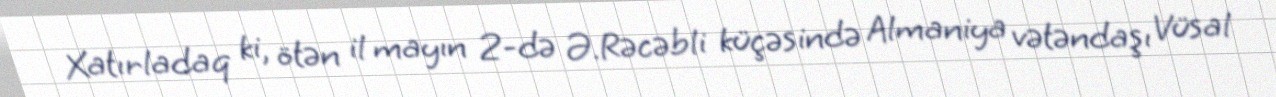
Xatırladaq ki, ötən il mayın 2-də Ə.Rəcəbli küçəsində Almaniya vətəndaşı Vüsal